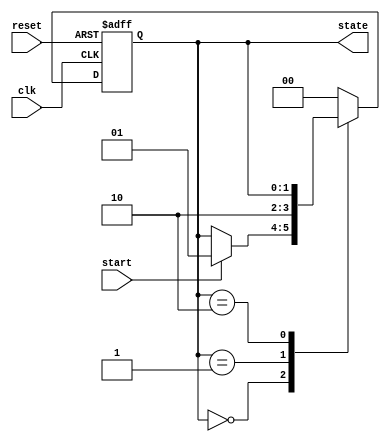
module event_control_example(
    input wire clk,
    input wire reset,
    input wire start,
    output reg [1:0] state
);

// State encoding
localparam IDLE = 2'b00;
localparam RUNNING = 2'b01;
localparam DONE = 2'b10;

initial begin
    state = IDLE;  // Initialize state
end

// Event control block reacting to clock edge and reset
always @(posedge clk or posedge reset) begin
    if (reset) begin
        state <= IDLE;  // Reset state to IDLE
    end else begin
        case (state)
            IDLE: begin
                if (start) begin
                    state <= RUNNING;  // Transition to RUNNING
                end
            end

            RUNNING: begin
                // Simulate some processing
                // After some condition or time, go to DONE
                state <= DONE;  // Transition to DONE
            end

            DONE: begin
                // Optionally, return to IDLE or stay in DONE
                // For this example, we'll stay in DONE
            end

            default: state <= IDLE;  // Fallback to IDLE
        endcase
    end
end

endmodule